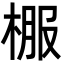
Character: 棴